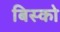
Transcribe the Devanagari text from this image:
बिस्को